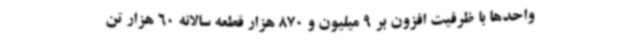
واحدها با ظرفیت افزون بر 9 میلیون و 870 هزار قطعه سالانه 60 هزار تن